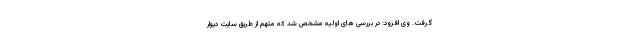
گرفت. وی افزود: در بررسی های اولیه مشخص شد که متهم از طریق سایت دیوار